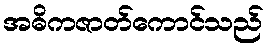
အဓိကဇာတ်ကောင်သည်